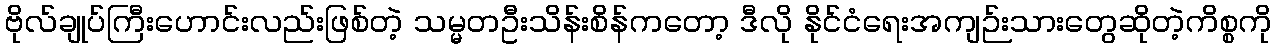
ဗိုလ်ချုပ်ကြီးဟောင်းလည်းဖြစ်တဲ့ သမ္မတဦးသိန်းစိန်ကတော့ ဒီလို နိုင်ငံရေးအကျဉ်းသားတွေဆိုတဲ့ကိစ္စကို